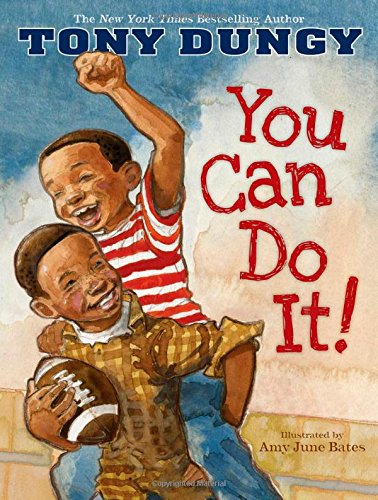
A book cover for You Can Do It!; Tony Dungy; Children's Books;